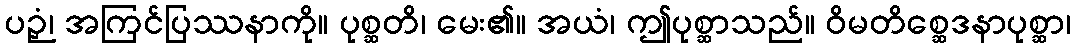
ပဉှံ၊ အကြင်ပြဿနာကို။ ပုစ္ဆတိ၊ မေး၏။ အယံ၊ ဤပုစ္ဆာသည်။ ဝိမတိစ္ဆေဒနာပုစ္ဆာ၊